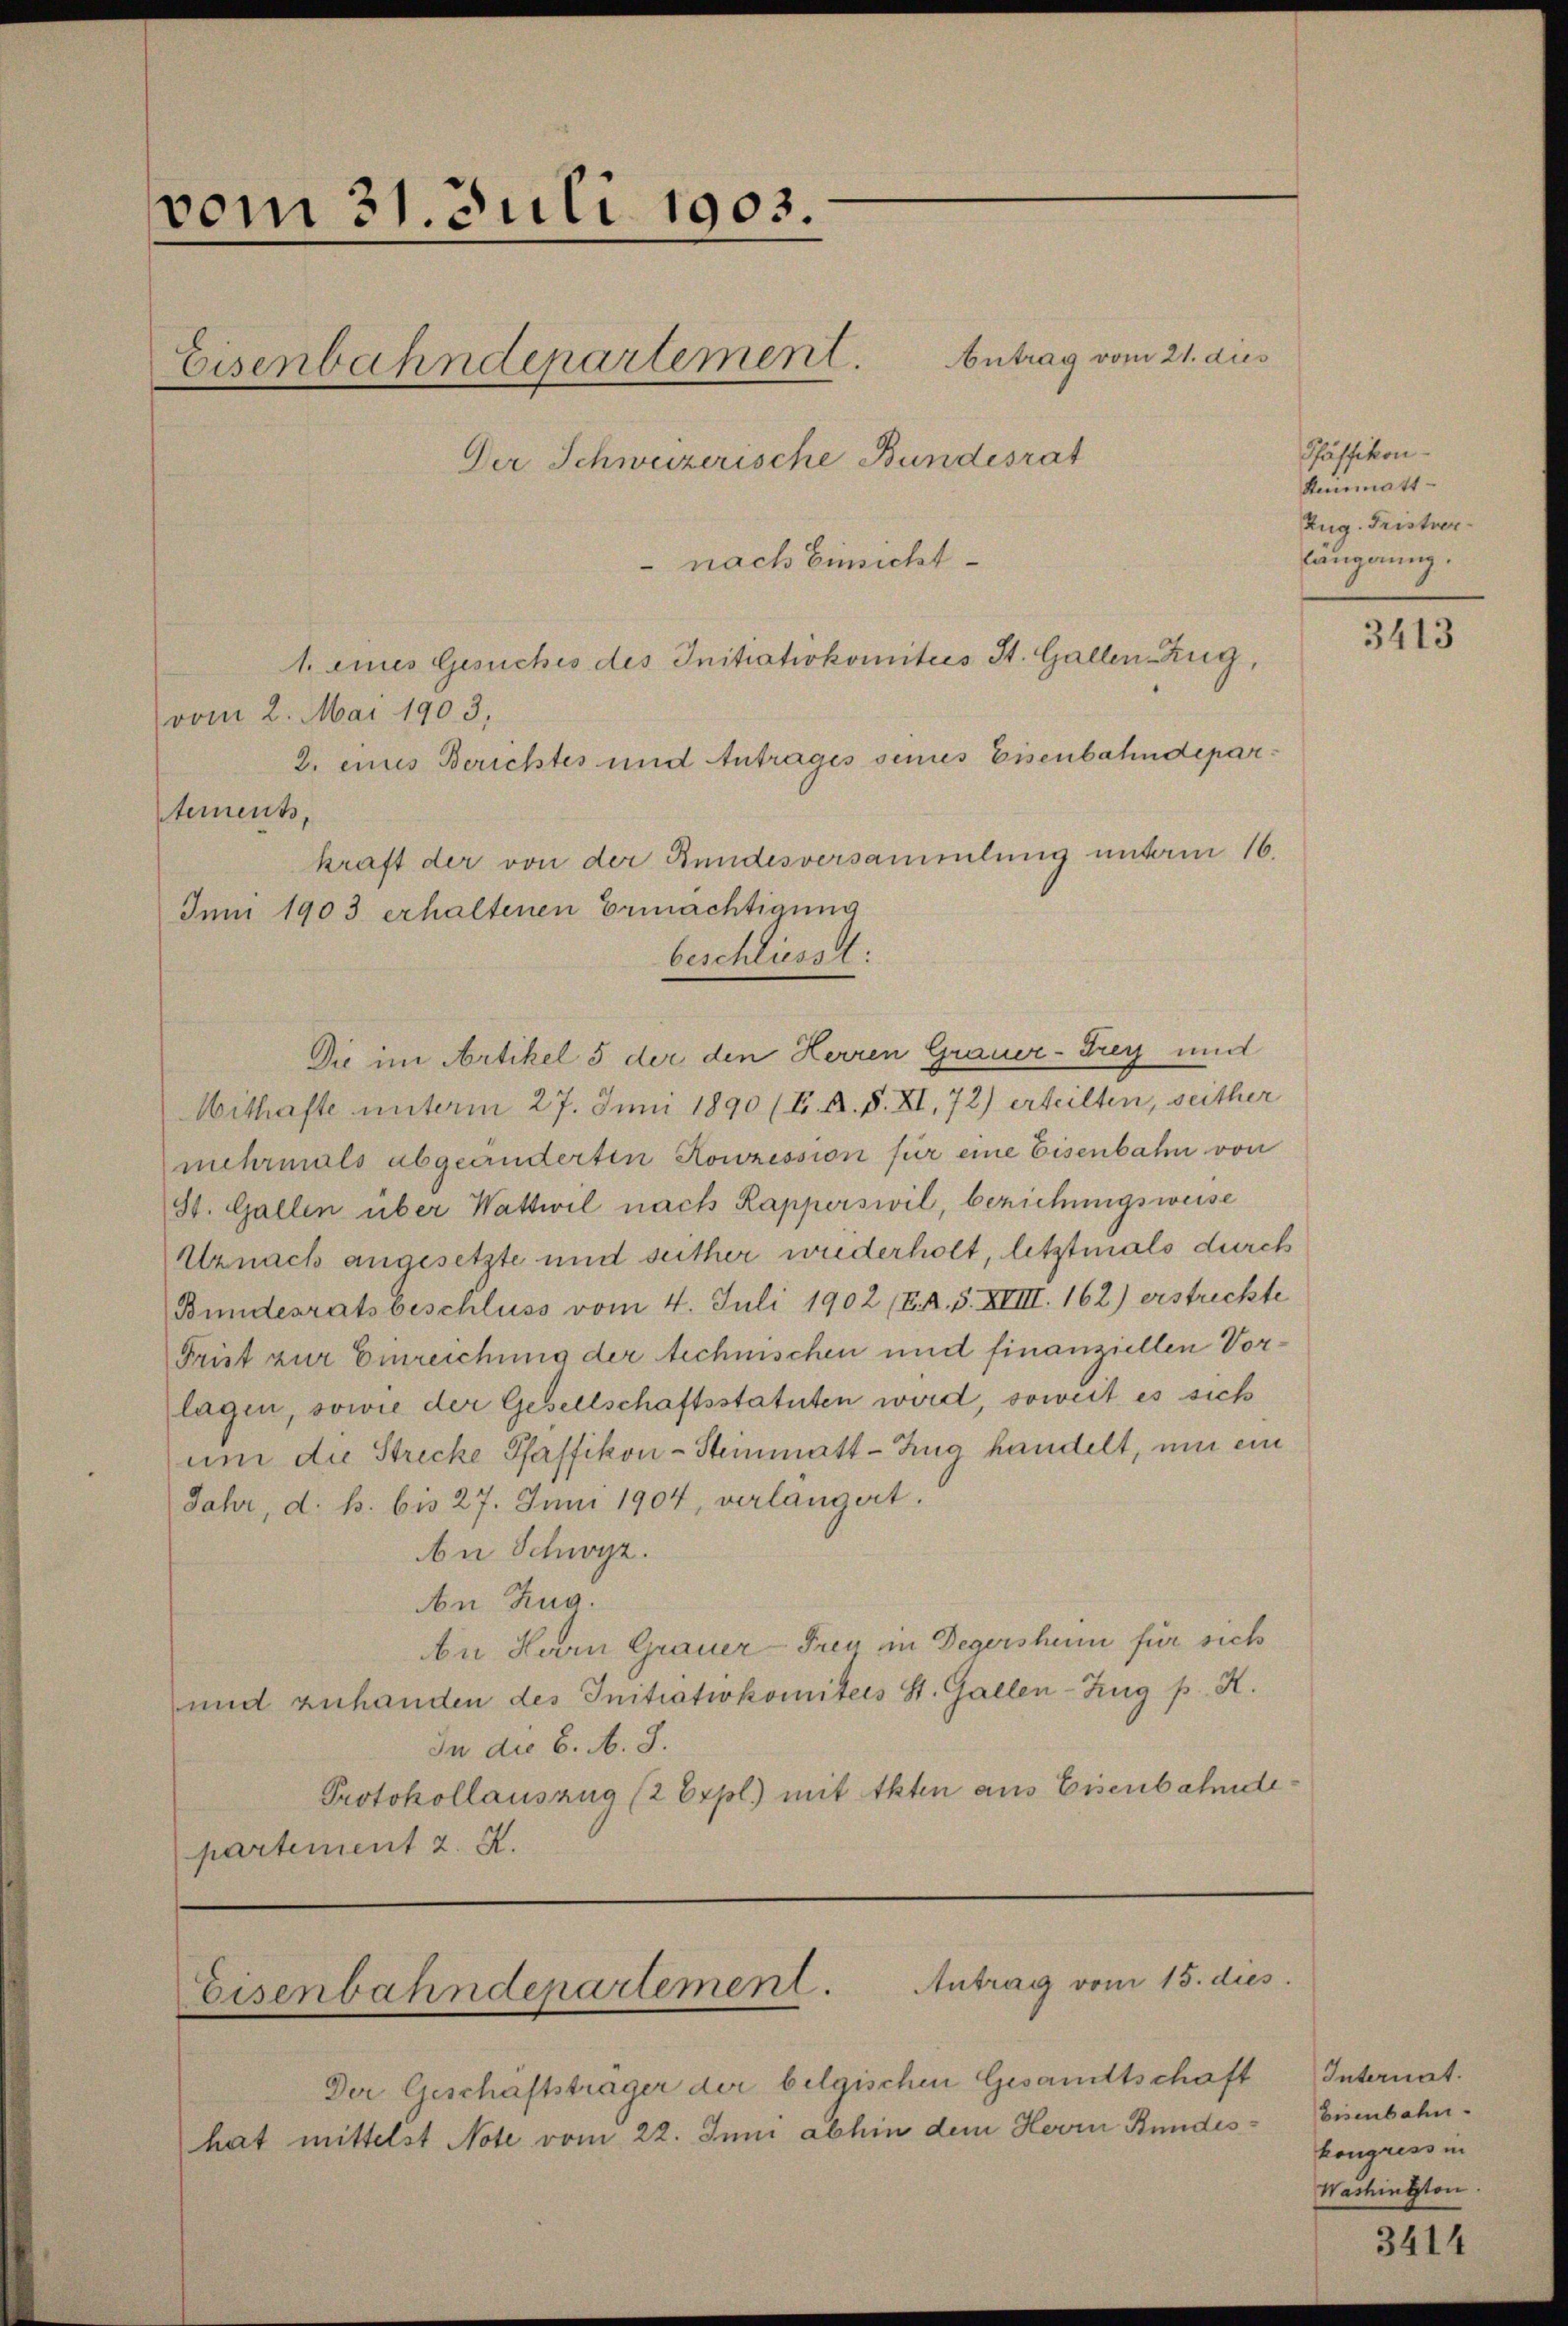
vom 31. Juli 1903.
.

Eisenbahndepartement.
Der Schweizerische Bundesrat

nach Einsicht
1. eines Gesuches des Initiativkomitees St. Gallen-Zug,
vom 2. Mai 1903,
2. eines Berichtes und Antrages sines Eisenbahndepartement,
kraft der von der Bundesversammlung unterm 16.
Jen 1903 erhaltenen Ermächtigung
beschliesst:
Die im Artikel 5 der den Herren Grauer-Frey und
Mithafte unterm 27. Juni 1890 (E. A. S. XI, 72) erteilten, seither
mhrmals abgeänderten Kowzession für eine Eisenbahn von
St. Gallen über Wattwil nach Rapperswil, beziehungsweise
Uznach angesetzte und seither wiederholt, letztmals durch
Bundesratsbeschluss vom 4. Juli 1902 (E. R. S. XVIII. 162) erstreckte
Frist zur Einreichung der technischen und finanziellen Vorlagen, sowie der Gesellschaftsstatuten wird, soweit es sich
um die Strecke Pfaffikon-Steinmatt - Zug handelt, um ein
Jahr, d. h. bis 27. Juni 1904, verlangert.
An Schwyz.
An Zug.
An Herrn Grauer-Treu in Degershen für sich
und zuhanden des Initiativkomitees St. Gallen-Zug p. K.
In die 6. A. S.
Protokollauszug (2 Expl.) mit Akten aus Eisenbahndepartement 2. X.

Antrag vom 21. dies

Eisenbahndepartement. Antrag vom 15. dies

Der Geschäftsträger der belgischen Gesandtschaft
hat mittelst Note vom 22. Juni abhin dem Herrn Bundes¬

Pfäffikon.
Reinmatt-
Zug. Fristver
läugnung.

3413

Internat.
bisenbahn.
kongress in
Washington.

3414